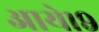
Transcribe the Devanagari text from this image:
आये।९